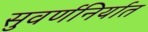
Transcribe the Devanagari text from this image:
सुवर्णनिर्यात